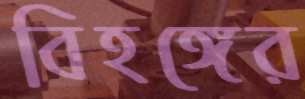
বিহঙ্গের